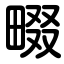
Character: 畷